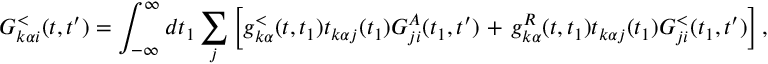
G _ { k \alpha i } ^ { < } ( t , t ^ { \prime } ) = \int _ { - \infty } ^ { \infty } d t _ { 1 } \sum _ { j } \left[ g _ { k \alpha } ^ { < } ( t , t _ { 1 } ) t _ { k \alpha j } ( t _ { 1 } ) G _ { j i } ^ { A } ( t _ { 1 } , t ^ { \prime } ) \right. + \left. g _ { k \alpha } ^ { R } ( t , t _ { 1 } ) t _ { k \alpha j } ( t _ { 1 } ) G _ { j i } ^ { < } ( t _ { 1 } , t ^ { \prime } ) \right] ,